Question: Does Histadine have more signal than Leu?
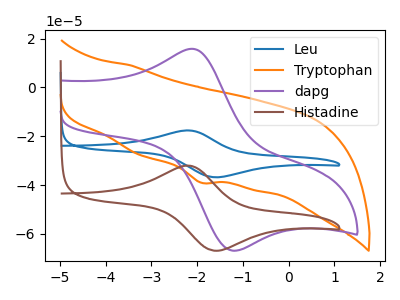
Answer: <think>The blue curve "Leu" has an anodic peak at (-2.25V, -17.65uA) and a cathodic peak at (-1.60V, -36.80uA). The orange curve "Tryptophan" has a cathodic peak at: (-1.90V, -39.05uA). The purple curve "dapg" has an anodic peak at (-2.10V, 15.75uA) and a cathodic peak at (-1.20V, -66.90uA). The brown curve "Histadine" has an anodic peak at (-2.25V, -32.05uA) and a cathodic peak at (-1.60V, -66.90uA).
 All the peaks in "Histadine" have a peak in "Leu" at the same potential.</think>
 <answer>I cant tell if "Histadine" or "Leu" has more signal.</answer>
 <eval>mixed_signal</eval>